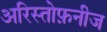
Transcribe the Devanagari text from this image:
अरिस्तोफ़नीज